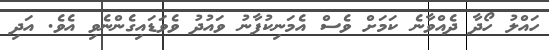
ހައްލު ހޯދާ ދެއްވާނެ ކަމަށް ވެސް އެމަނިކުފާނު ވައުދު ވެވަޑައިގެންނެވި އެވެ. އަދި